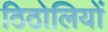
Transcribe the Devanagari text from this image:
ठिठोलियों